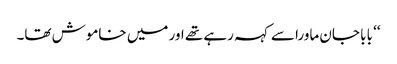
‘‘ بابا جان ماورا سے کہہ رہے تھے اور میں خاموش تھا۔